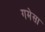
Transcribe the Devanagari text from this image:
गमेसा